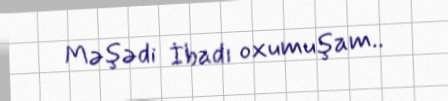
Məşədi İbadı oxumuşam..